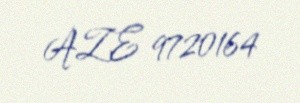
AZE 9720164